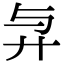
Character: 𢌱